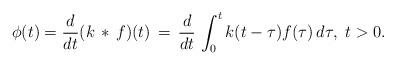
LaTeX: \begin{align*}\phi(t) = \frac{d}{dt} (k\, *\, f)(t) \, = \, \frac{d}{dt}\, \int_0^t k(t-\tau)f(\tau)\, d\tau,\ t>0.\end{align*}